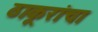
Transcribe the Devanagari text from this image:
ठाकूरांचा